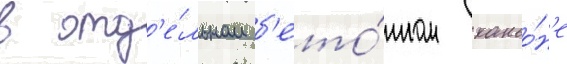
в отд'е́льном б'ето́нном каньо́н'е